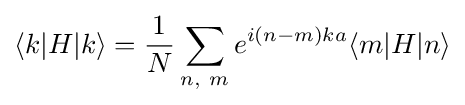
\langle k|H|k\rangle ={\frac {1}{N}}\sum _{n,\ m}e^{i(n-m)ka}\langle m|H|n\rangle